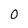
Character: 0